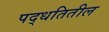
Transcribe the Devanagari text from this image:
पद्धतितील